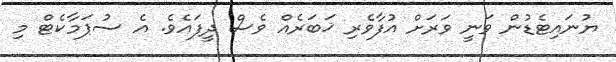
ޔުނައިޓެޑުން ވަނީ ވަރަށް އުފާވެރި ޚަބަރެއް ވެސް ދީފައެވެ. އެ ސުޕަމާކެޓް މި